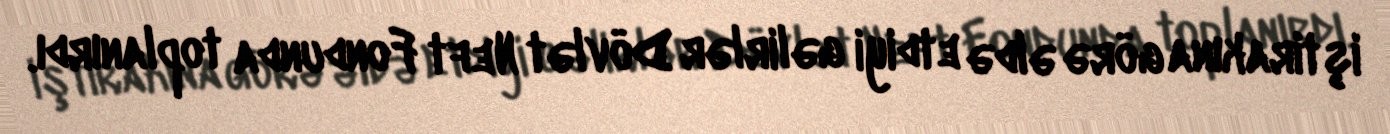
iştirakına görə əldə etdiyi gəlirlər Dövlət Neft Fondunda toplanırdı.